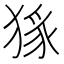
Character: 𭸜